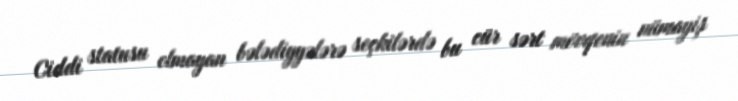
Ciddi statusu olmayan bələdiyyələrə seçkilərdə bu cür sərt mövqenin nümayiş